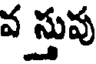
వ స్తువు